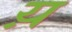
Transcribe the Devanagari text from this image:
य़